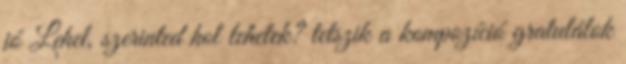
jó Lehel, szerinted hol lehetek? tetszik a kompozíció gratulálok